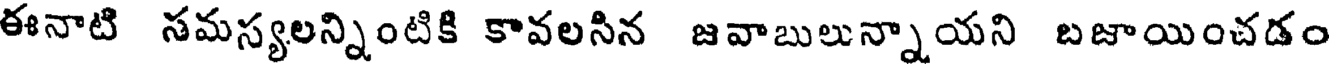
ఈనాటి సమస్యలన్నింటికి కావలసిన జవాబులున్నాయని బజాయించడం